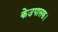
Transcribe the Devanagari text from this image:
केउपासक।